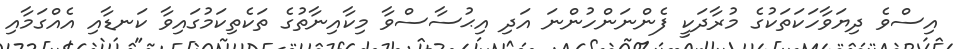
އިސްވެ ދިޔަވާހަކަތަކުގެ މުރާދަކީ ފެންނަންހުންނަ އަދި އިޙުސާސްވާ މިކާއިނާތުގެ ތަކެތިކަމުގައިވާ ކަނޑާއި އެއްގަމާއި